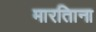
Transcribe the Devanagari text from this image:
मारतिाना